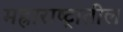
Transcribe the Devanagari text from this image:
मह्राराष्ट्रातील